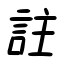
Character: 註